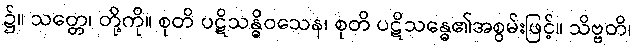
၌။ သတ္တေ၊ တို့ကို။ စုတိ ပဋိသန္ဓိဝသေန၊ စုတိ ပဋိသန္ဓေ၏အစွမ်းဖြင့်။ သိဗ္ဗတိ၊